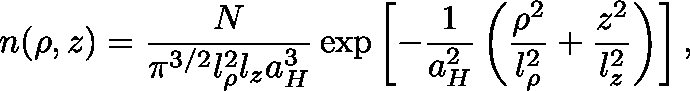
n ( \mathbf { \rho } , z ) = \frac { N } { \pi ^ { 3 / 2 } l _ { \rho } ^ { 2 } l _ { z } a _ { H } ^ { 3 } } \exp \left[ - \frac { 1 } { a _ { H } ^ { 2 } } \left( \frac { \rho ^ { 2 } } { l _ { \rho } ^ { 2 } } + \frac { z ^ { 2 } } { l _ { z } ^ { 2 } } \right) \right] ,